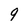
Character: q